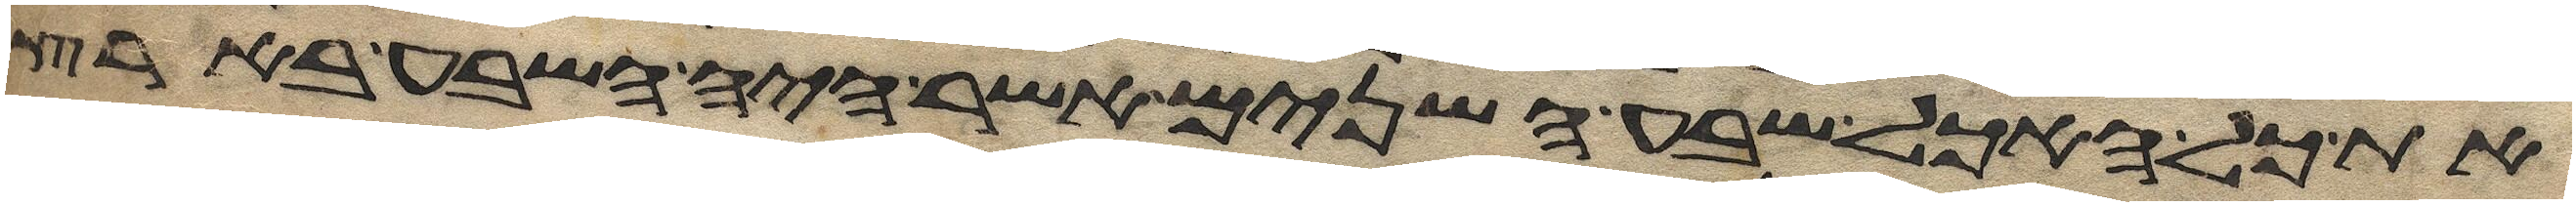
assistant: את כל האכל שבע השנים אשר היה השבע בארץ